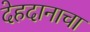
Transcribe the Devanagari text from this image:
देहदानाचा